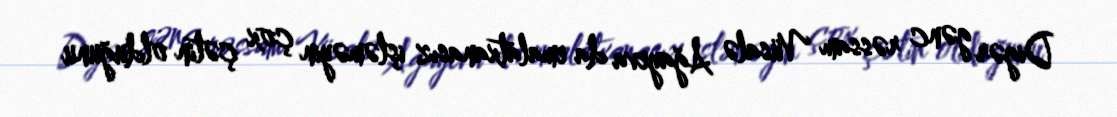
Digər gənc rəssam Vüsalə Ağayeva da emalatxanasız işləməyin çox çətin olduğunu